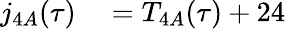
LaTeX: \begin{array}{rl}{j_{4A}(\tau)}&{{}=T_{4A}(\tau)+24}\end{array}